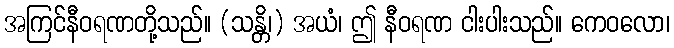
အကြင်နီဝရဏတို့သည်။ (သန္တိ၊) အယံ၊ ဤ နီဝရဏ ငါးပါးသည်။ ကေဝလော၊